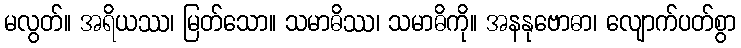
မလွတ်။ အရိယဿ၊ မြတ်သော။ သမာဓိဿ၊ သမာဓိကို။ အနနုဗောဓာ၊ လျောက်ပတ်စွာ